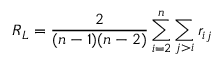
R _ { L } = \frac { 2 } { ( n - 1 ) ( n - 2 ) } \sum _ { i = 2 } ^ { n } \sum _ { j > i } r _ { i j }